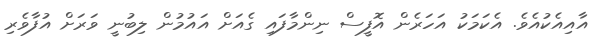
އާއިއެކުއެވެ. އެކަމަކު އަހަރެން އޮފީސް ނިންމާފައި ގެއަށް އައުމުން ލިބުނީ ވަރަށް އުފާވެރި